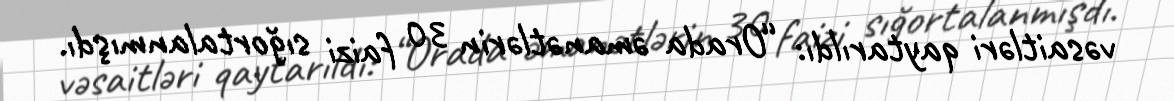
vəsaitləri qaytarıldı: “Orada əmanətlərin 30 faizi sığortalanmışdı.